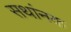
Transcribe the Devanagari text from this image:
सथांनक